Code of medical and sanitary regulations for the guidance of medical officers serving in the Madras Presidency - Volume II
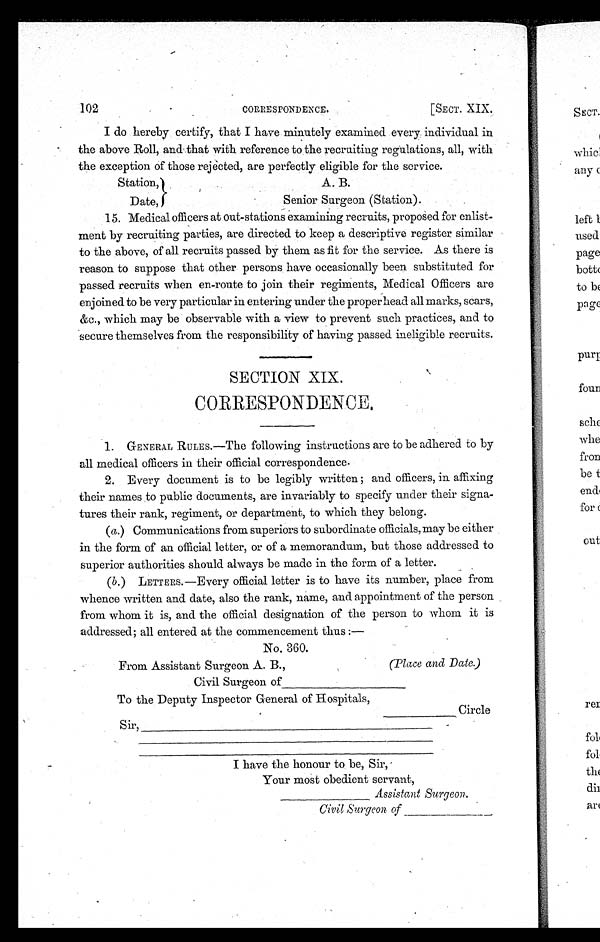
102
CORRESPONDENCE.
[SECT. XIX.
I do hereby certify, that I have minutely examined every individual in
the above Roll, and that with reference to the recruiting regulations, all, with
the exception of those rejected, are perfectly eligible for the service.
Station,
Date,
A. B.
Senior Surgeon (Station).
15. Medical officers at out-stations examining recruits, proposed for enlist-
ment by recruiting parties, are directed to keep a descriptive register similar
to the above, of all recruits passed by them as fit for the service. As there is
reason to suppose that other persons have occasionally been substituted for
passed recruits when en-route to join their regiments, Medical Officers are
enjoined to be very particular in entering under the proper head all marks, scars,
&c., which may be observable with a view to prevent such practices, and to
secure themselves from the responsibility of having passed ineligible recruits.
SECTION XIX.
CORRESPON DENCE.
1. GENERAL RULES.—The following instructions are to be adhered to by
all medical officers in their official correspondence.
2. Every document is to be legibly written ; and officers, in affixing
their names to public documents, are invariably to specify under their signa-
tures their rank, regiment, or department, to which they belong.
(a.) Communications from superiors to subordinate officials, may be either
in the form of an official letter, or of a memorandum, but those addressed to
superior authorities should always be made in the form of a letter.
(b.) LETTERS
.—Every official letter is to have its number, place from
whence written and date, also the rank, name, and appointment of the person
from whom it is, and the official designation of the person to whom it is
addressed; all entered at the commencement thus :
—
No. 360.
From Assistant Surgeon A. B.,
(Place and Date.)
Civil Surgeon of
————————————
To the Deputy Inspector General of Hospitals,
Sir,—————————————————
————————————————— —————————————————
I have the honour to be, Sir,
Your most obedient servant,
— — — — — —
A s s i s t a n t S u r g e o n .
Civil Surgeon.
of———————